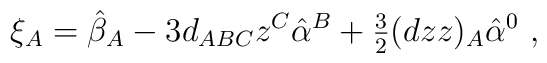
\xi _A = \hat \beta _A-3d_{ABC}z^C\hat \alpha ^B +{\textstyle \frac{3}{2}}(dzz)_A \hat \alpha ^0\ ,